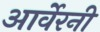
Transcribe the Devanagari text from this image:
आर्वेरनी